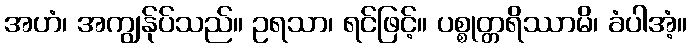
အဟံ၊ အကျွန်ုပ်သည်။ ဥရသာ၊ ရင်ဖြင့်။ ပစ္စုတ္တရိဿာမိ၊ ခံပါအံ့။